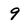
Character: 9